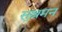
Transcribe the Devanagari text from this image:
सुश्रमन